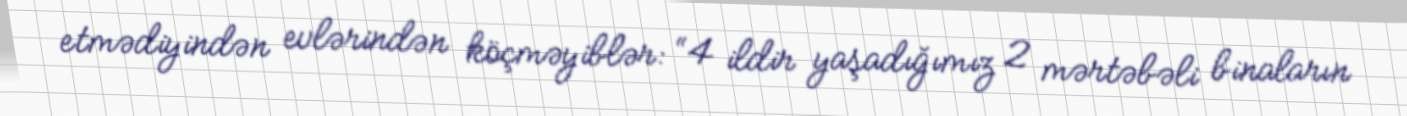
etmədiyindən evlərindən köçməyiblər: “4 ildir yaşadığımız 2 mərtəbəli binaların